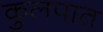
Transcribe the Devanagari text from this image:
कुलपात